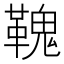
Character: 𩌃